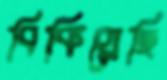
বিকিয়েছি